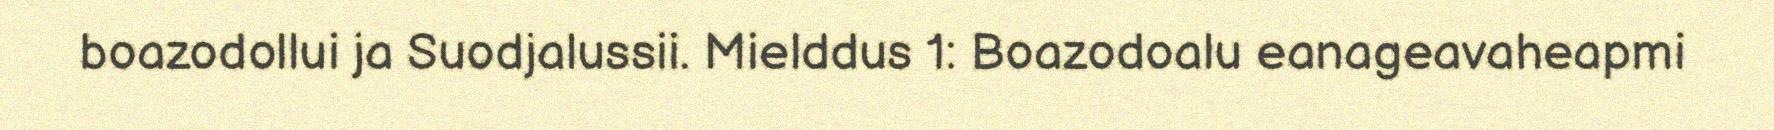
boazodollui ja Suodjalussii. Mielddus 1: Boazodoalu eanageavaheapmi